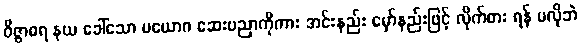
ဝိဇ္ဇာဓရ နယ ခေါ်သော ပယောဂ ဆေးပညာကိုကား အင်းနည်း မှော်နည်းဖြင့် လိုက်စား ရန် မလိုဘဲ